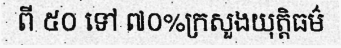
ពី ៥០ ទៅ ៧០%ក្រសួងយុត្តិធម៌